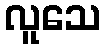
လူသေ